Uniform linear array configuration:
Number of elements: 8
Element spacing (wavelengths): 1
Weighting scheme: blackman
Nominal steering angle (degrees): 15
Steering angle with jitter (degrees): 16.269
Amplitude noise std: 0.05
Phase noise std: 0.05

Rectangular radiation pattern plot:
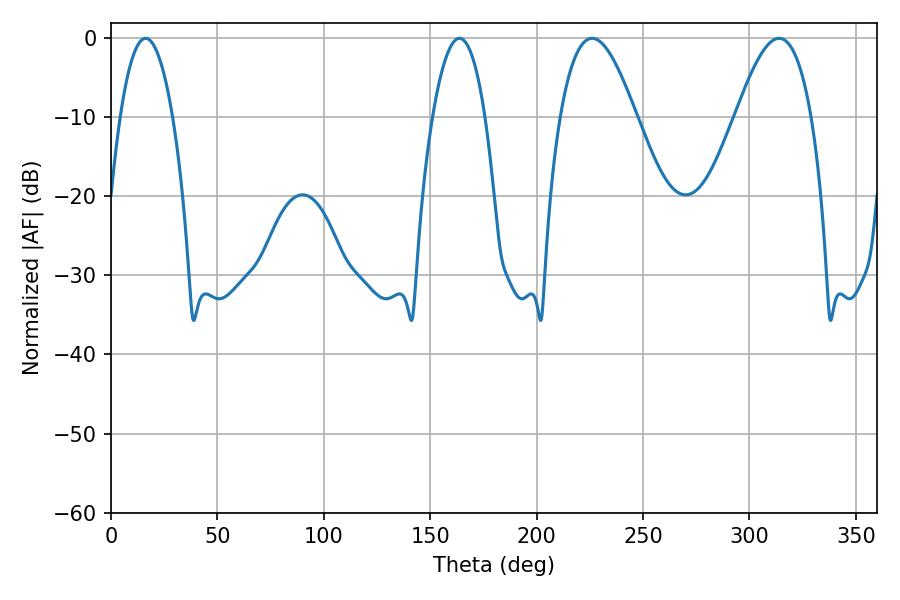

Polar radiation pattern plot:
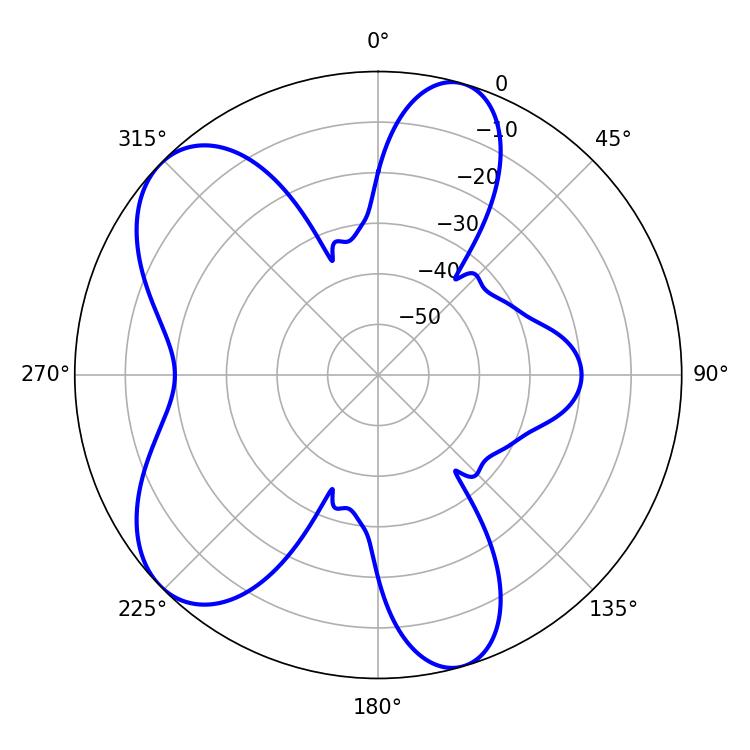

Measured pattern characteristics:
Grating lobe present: TRUE
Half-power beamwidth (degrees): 19.26
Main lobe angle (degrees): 226.08